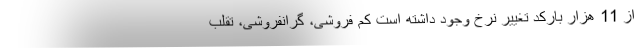
از 11 هزار بارکد تغییر نرخ وجود داشته است کم فروشی، گرانفروشی، تقلب